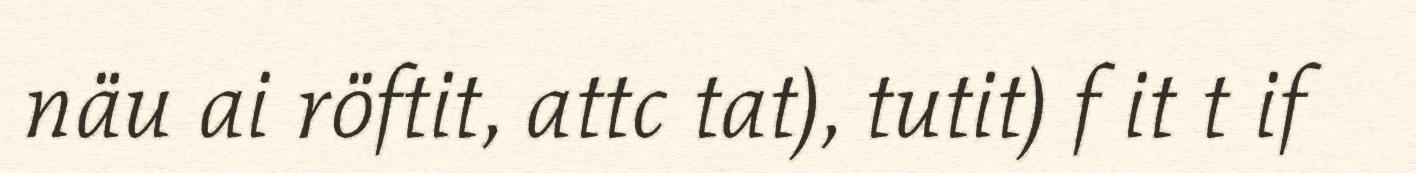
näu ai röftit, attc tat), tutit) f it t if